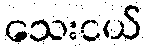
သေးငယ်